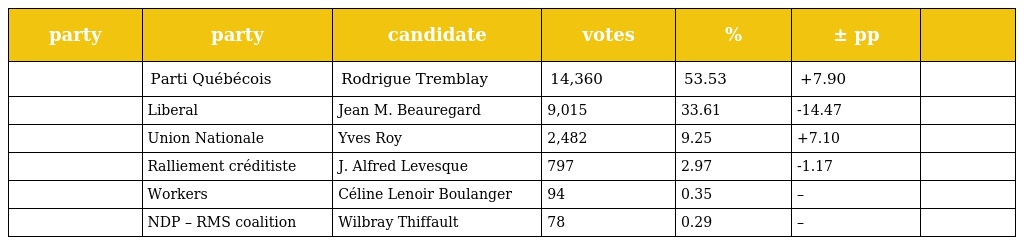
| party | party | candidate | votes | % | ± pp |  |
 | --- | --- | --- | --- | --- | --- | --- |
 |  | Parti Québécois | Rodrigue Tremblay | 14,360 | 53.53 | +7.90 |  |
 |  | Liberal | Jean M. Beauregard | 9,015 | 33.61 | -14.47 |  |
 |  | Union Nationale | Yves Roy | 2,482 | 9.25 | +7.10 |  |
 |  | Ralliement créditiste | J. Alfred Levesque | 797 | 2.97 | -1.17 |  |
 |  | Workers | Céline Lenoir Boulanger | 94 | 0.35 | – |  |
 |  | NDP – RMS coalition | Wilbray Thiffault | 78 | 0.29 | – |  |